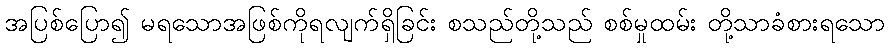
အပြစ်ပြော၍ မရသောအဖြစ်ကိုရလျက်ရှိခြင်း စသည်တို့သည် စစ်မှုထမ်း တို့သာခံစားရသော